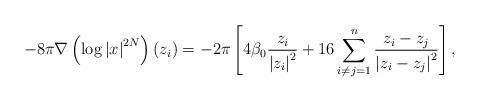
LaTeX: \begin{align*}-8\pi\nabla\left(\log\left|x\right|^{2N}\right)(z_i)=-2\pi\left[4\beta_0\frac{z_{i}}{\left|z_i\right|^{2}}+16\sum^{n}_{i\neq j=1}\frac{z_{i}-z_{j}}{\left|z_i-z_j\right|^{2}}\right],\end{align*}